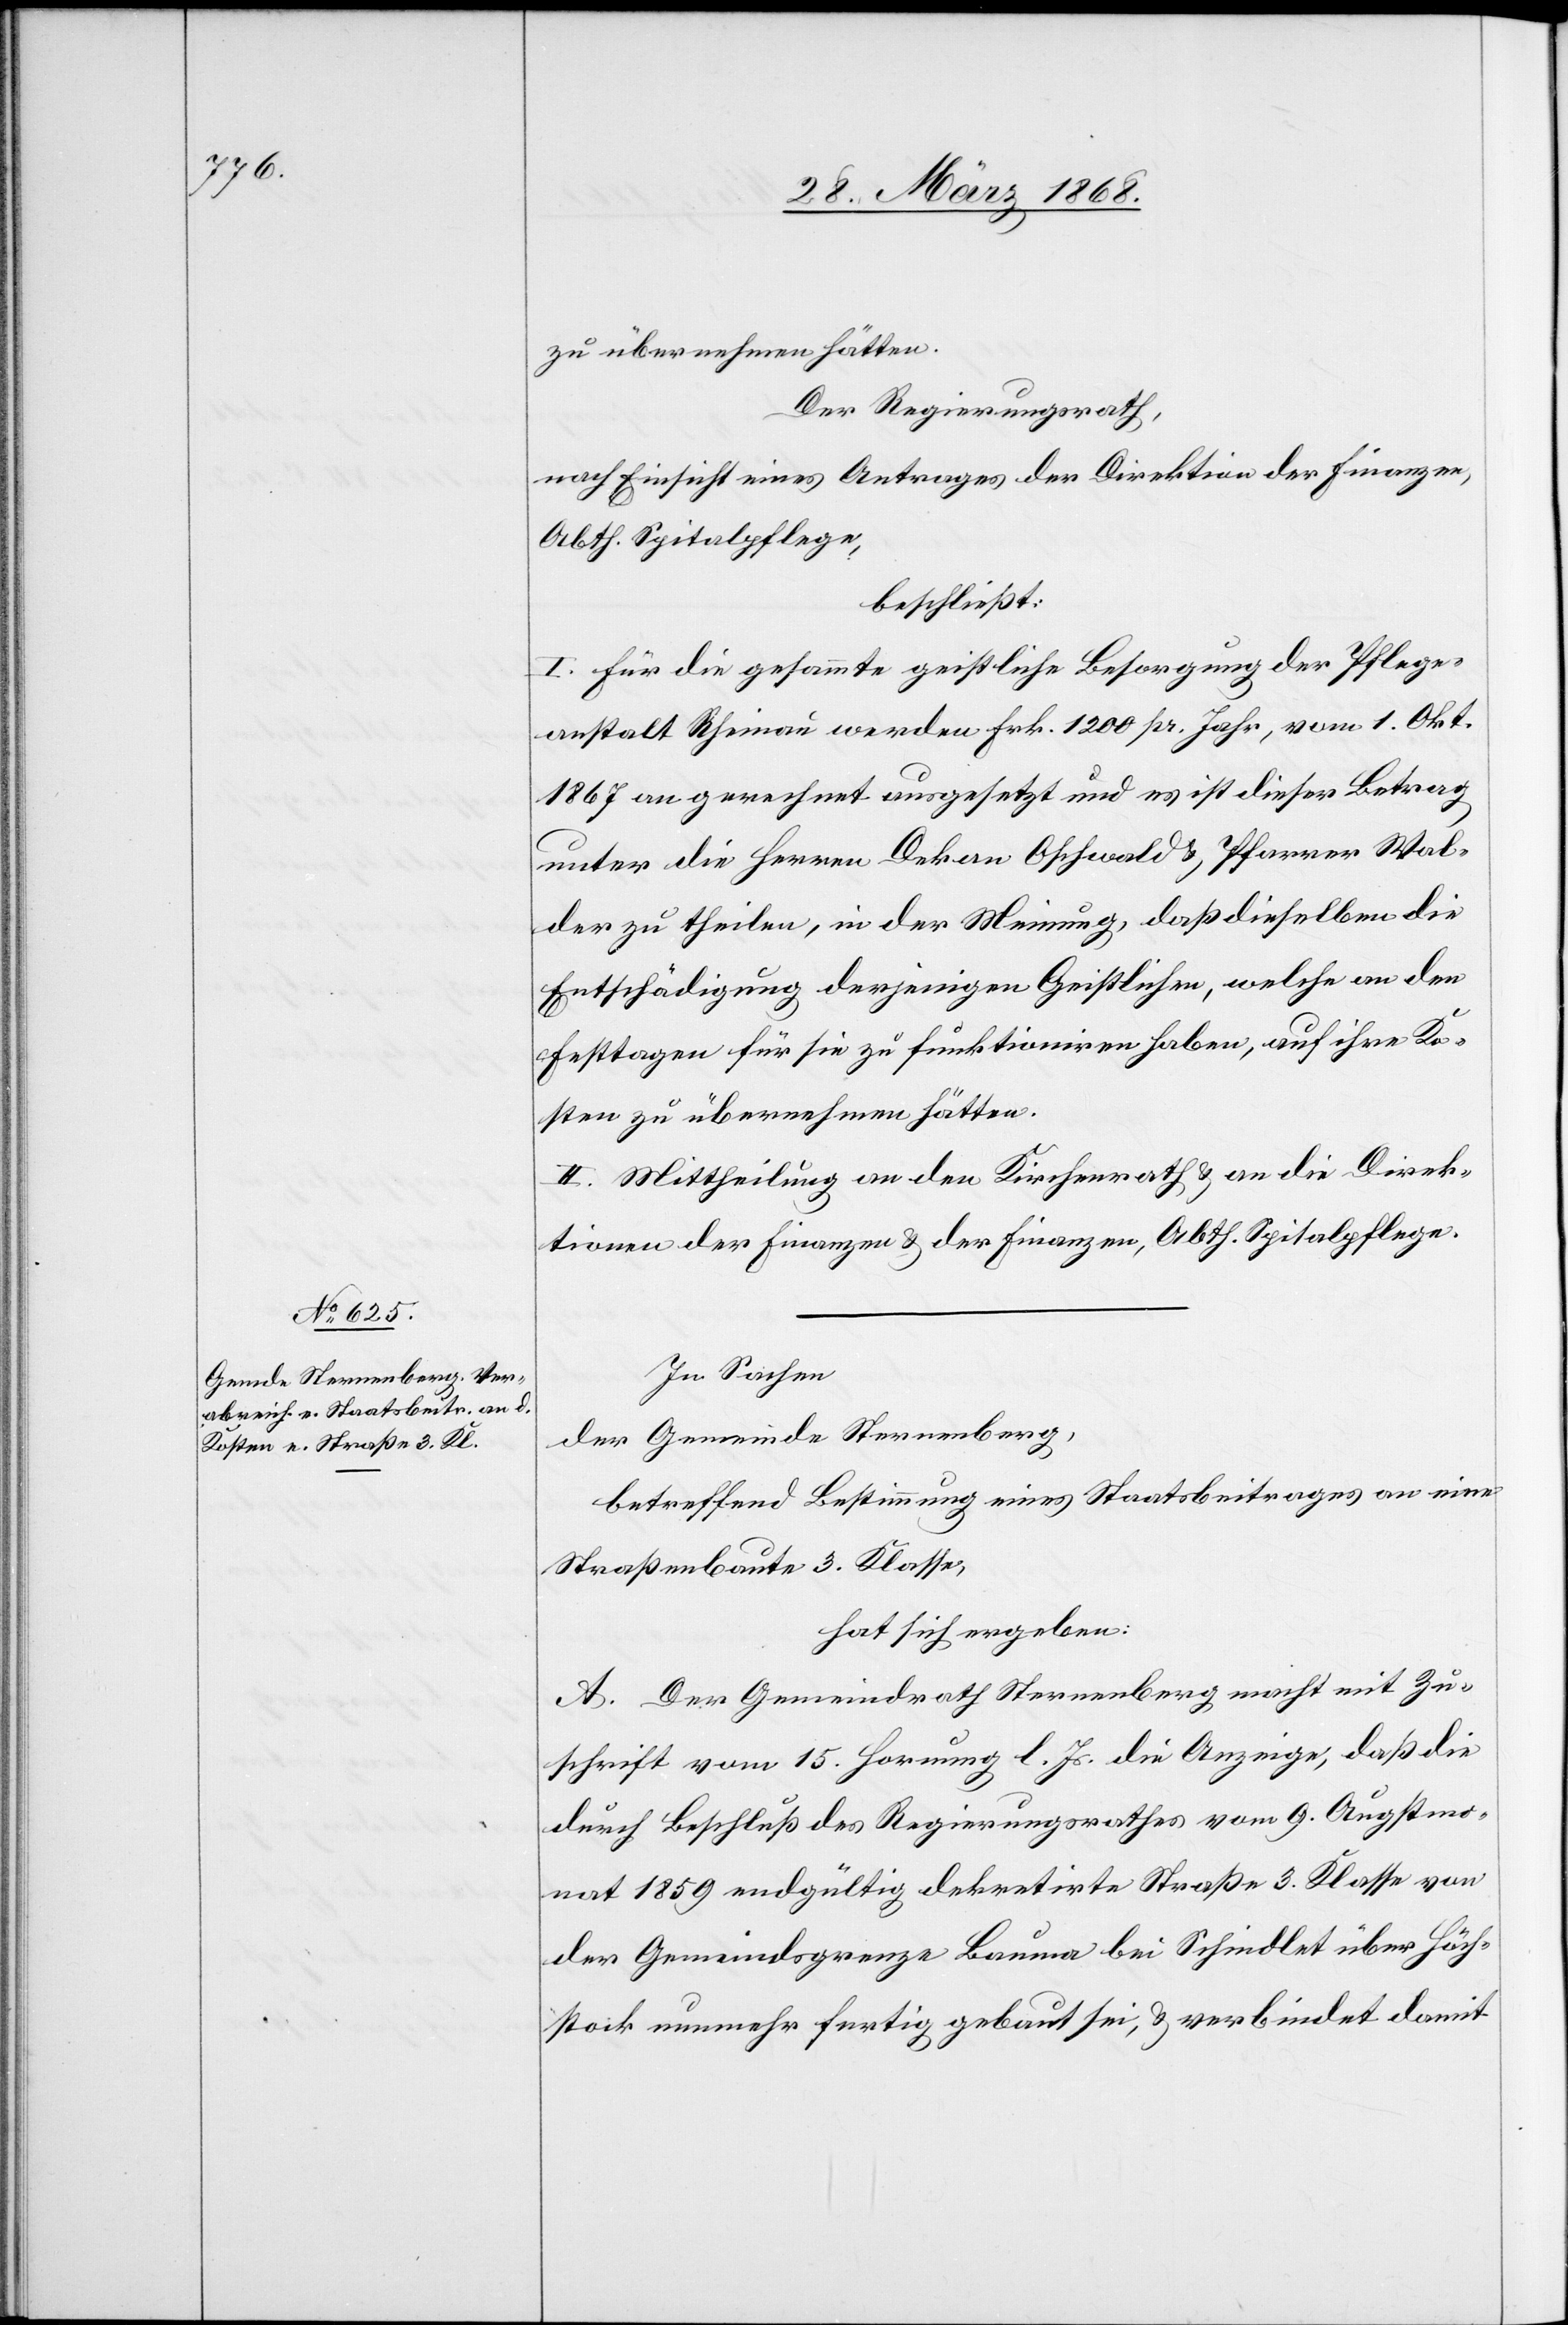
zu übernehmen hätten.
Der Regierungsrath,
nach Einsicht eines Antrages der Direktion der Finanzen,
Abth. Spitalpflege,
beschließt:
I. Für die gesammte geistliche Besorgung der Pflege¬
anstalt Rheinau werden Frk. 1200 pr. Jahr, vom 1. Okt.
1867 an gerechnet ausgesetzt und es ist dieser Betrag
unter die Herren Dekan Oschwald & Pfarrer Wal¬
der zu theilen, in der Meinung, daß dieselben die
Entschädigung derjenigen Geistlichen, welche an den
Festtagen für sie zu funktioniren haben, auf ihre Ko¬
sten zu übernehmen hätten.
II. Mittheilung an den Kirchenrath & an die Direk¬
tionen der Finanzen & der Finanzen, Abth. Spitalpflege.
In Sachen
der Gemeinde Sternenberg,
betreffend Bestimmung eines Staatsbeitrages an eine
Straßenbaute 3. Klasse,
hat sich ergeben:
A. Der Gemeindrath Sternenberg macht mit Zu¬
schrift vom 15. Hornung l. Js. die Anzeige, daß die
durch Beschluß des Regierungsrathes vom 9. Augstmo¬
nat 1859 endgültig dekretirte Straße 3. Klasse von
der Gemeindsgrenze Bauma bei Schindlet über Höch¬
stock nunmehr fertig gebaut sei, & verbindet damit